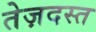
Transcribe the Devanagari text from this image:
तेज़दस्त